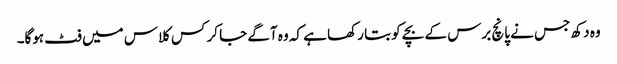
وہ دکھ جس نے پانچ برس کے بچے کو بتا رکھا ہے کہ وہ آگے جا کر کس کلاس میں فٹ ہوگا۔